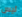
ليس